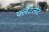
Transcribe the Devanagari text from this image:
फ्लैटलेट